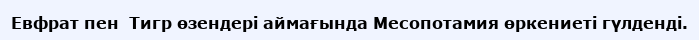
Евфрат пен  Тигр өзендері аймағында Месопотамия өркениеті гүлденді.